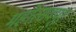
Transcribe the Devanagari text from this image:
महोत्सवपूर